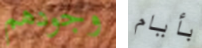
وجودهم بأيام